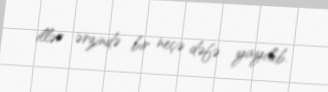
illər ərzində bir neçə dəfə yayılıb.